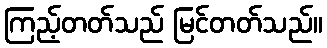
ကြည့်တတ်သည် မြင်တတ်သည်။